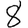
Digit: 8